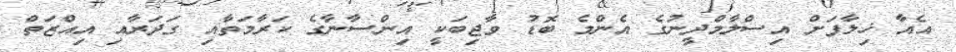
އެއާ ޚިލާފަށް އިސްލާމްދީނުގެ އެންމެ ބޮޑު ވާޖިބަކީ އިންސާނާގެ ކަރާމަތާއި ގަދަރާއި އިއްޒަތް